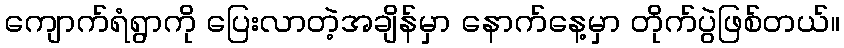
ကျောက်ရံရွာကို ပြေးလာတဲ့အချိန်မှာ နောက်နေ့မှာ တိုက်ပွဲဖြစ်တယ်။